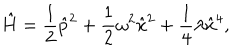
LaTeX: \hat { H } = \frac { 1 } { 2 } { \hat { p } } ^ { 2 } + \frac { 1 } { 2 } \omega ^ { 2 } { \hat { x } } ^ { 2 } + \frac { 1 } { 4 } \lambda { \hat { x } } ^ { 4 } ,